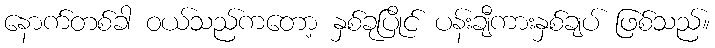
နောက်တစ်ခါ ဝယ်သည်ကတော့ နှစ်ခုပြိုင် ပန်းချီကားနှစ်ချပ် ဖြစ်သည်။